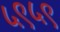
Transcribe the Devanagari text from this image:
५९५९